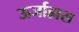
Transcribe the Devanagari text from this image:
ऊर्जाह्रास